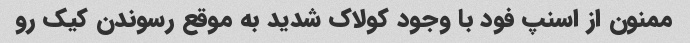
ممنون از اسنپ فود با وجود کولاک شدید به موقع رسوندن کیک رو